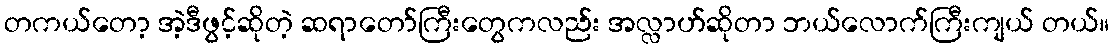
တကယ်တော့ အဲ့ဒီဖွင့်ဆိုတဲ့ ဆရာတော်ကြီးတွေကလည်း အလ္လာဟ်ဆိုတာ ဘယ်လောက်ကြီးကျယ် တယ်။